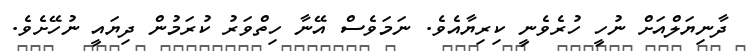
ދާނިޔަލްއަށް ނުހީ ހުރެވެނީ ކިރިޔާއެވެ. ނަމަވެސް އޭނާ ހިތްވަރު ކުރަމުން ދިޔައީ ނުހޭށެވެ.